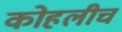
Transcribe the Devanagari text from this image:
कोहलीच